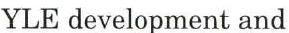
YLE development and